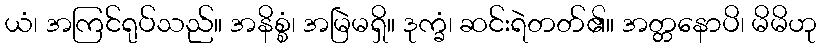
ယံ၊ အကြင်ရုပ်သည်။ အနိစ္စံ၊ အမြဲမရှိ။ ဒုက္ခံ၊ ဆင်းရဲတတ်၏။ အတ္တနောပိ၊ မိမိဟု